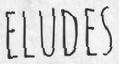
ELUDES